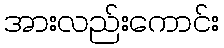
အားလည်းကောင်း